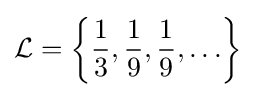
{\mathcal {L}}=\left\{{\frac {1}{3}},{\frac {1}{9}},{\frac {1}{9}},\ldots \right\}